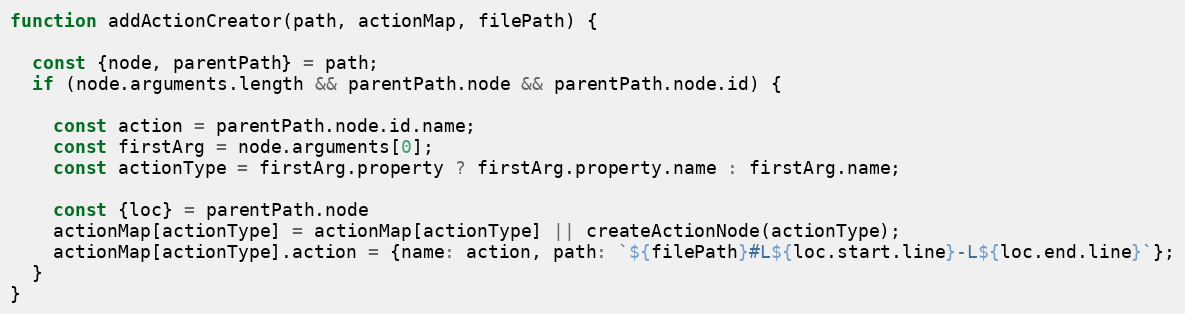
Language: JavaScript
function addActionCreator(path, actionMap, filePath) {

  const {node, parentPath} = path;
  if (node.arguments.length && parentPath.node && parentPath.node.id) {

    const action = parentPath.node.id.name;
    const firstArg = node.arguments[0];
    const actionType = firstArg.property ? firstArg.property.name : firstArg.name;

    const {loc} = parentPath.node
    actionMap[actionType] = actionMap[actionType] || createActionNode(actionType);
    actionMap[actionType].action = {name: action, path: `${filePath}#L${loc.start.line}-L${loc.end.line}`};
  }
}